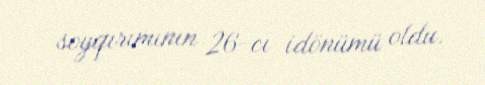
soyqırımının 26-cı idönümü oldu.